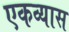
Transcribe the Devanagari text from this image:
एकव्यास